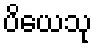
ပိယေသု